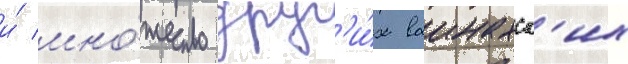
и́ мно́жество друг'и́х ваинахск'их